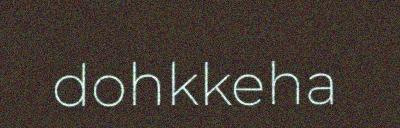
dohkkeha